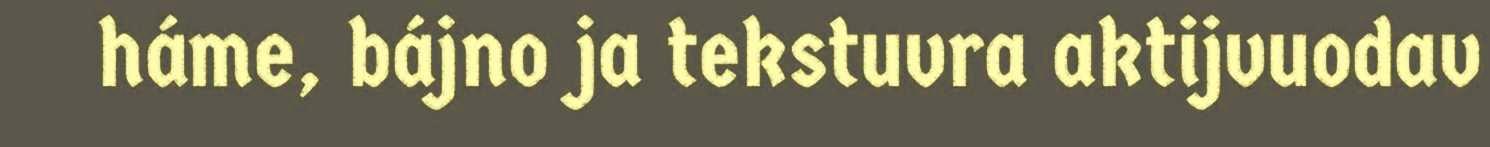
háme, bájno ja tekstuvra aktijvuodav